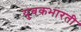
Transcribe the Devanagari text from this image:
युवकभारती